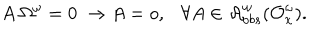
A ~ \Omega ^ { \omega } = 0 ~ \rightarrow A = o , \forall A \in { \cal A } _ { o b s } ^ { \omega } ( { \cal O } _ { x } ^ { \omega } ) .